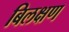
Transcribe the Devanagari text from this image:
बिलक्षण